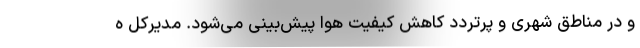
و در مناطق شهری و پرتردد کاهش کیفیت هوا پیش‌بینی می‌شود. مدیرکل ه